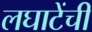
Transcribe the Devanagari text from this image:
लघाटेंची